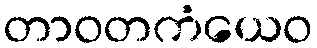
တာဝတကံယေဝ